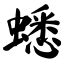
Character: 蟋